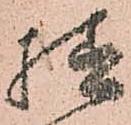
様